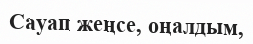
Сауап жеңсе, оңалдым,